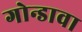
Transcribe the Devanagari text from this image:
गोन्डावा